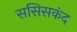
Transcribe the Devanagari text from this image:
ससिसकंद